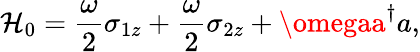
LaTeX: \mathcal{H}_{0}=\frac{{\omega}}{{2}}\sigma_{1z}+\frac{{\omega}}{{2}}\sigma_{2z}+\omegaa^{\dagger}a,